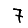
Digit: 7